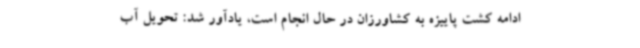
ادامه کشت پاییزه به کشاورزان در حال انجام است، یادآور شد: تحویل آب